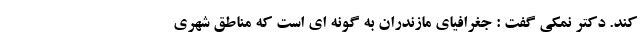
کند. دکتر نمکی گفت : جغرافیای مازندران به گونه ای است که مناطق شهری